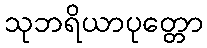
သုဘရိယာပုတ္တော